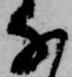
な